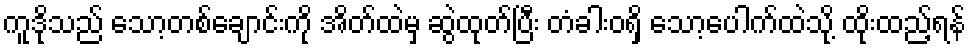
ကူဒိုသည် သော့တစ်ချောင်းကို အိတ်ထဲမှ ဆွဲထုတ်ပြီး တံခါးဝရှိ သော့ပေါက်ထဲသို့ ထိုးထည့်ရန်